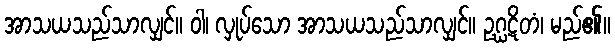
အာသယသည်သာလျှင်။ ဝါ၊ လှုပ်သော အာသယသည်သာလျှင်။ ဥဂ္ဃဋိတံ၊ မည်၏။